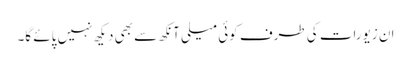
ان زیورات کی طرف کوئی میلی آنکھ سے بھی دیکھ نہیں پائے گا۔